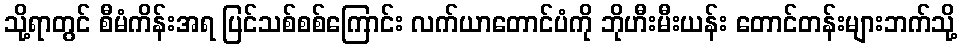
သို့ရာတွင် စီမံကိန်းအရ ပြင်သစ်စစ်ကြောင်း လက်ယာတောင်ပံကို ဘိုဟီးမီးယန်း တောင်တန်းများဘက်သို့